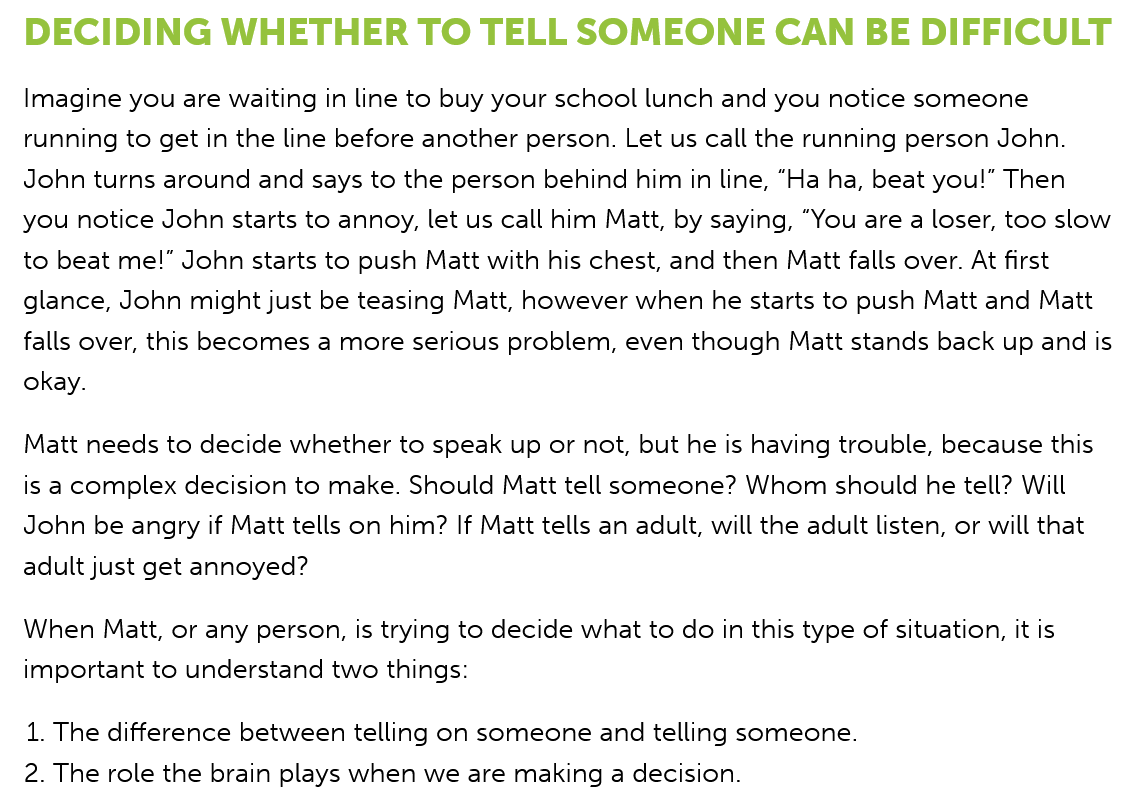
DECIDING    WHETHER    TO    TELL   SOMEONE    CAN   BE    DIFFICULT
  Imagine you are waiting in line to buy your school lunch and you notice someone
  running to get in the line before another person. Let us call the running person John.
  John turns around and says to the person behind him in line, “Ha ha, beat you!” Then
  you notice John starts to annoy, let us call him Matt, by saying, “You are a loser, too slow
  to beat me!" John starts to push Matt with his chest, and then Matt falls over. At first
  glance, John might just be teasing Matt, however when he starts to push Matt and Matt
  falls over, this becomes a more serious problem, even though Matt stands back up and is
  okay.
  Matt needs to decide whether to speak up or not, but he is having trouble, because this
  is a complex decision to make. Should Matt tell someone? Whom should he tell? Will
  John be angry if Matt tells on him? If Matt tells an adult, will the adult listen, or will that
  adult just get annoyed?
  When  Matt, or any person, is trying to decide what to do in this type of situation, it is
  important to understand two things:
   1. The difference between telling on someone and telling someone.
  2. The role the brain plays when we are making a decision.